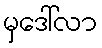
မှဒေါ်လာ